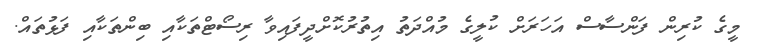
މީގެ ކުރިން ފަންސާސް އަހަރަށް ކުލީގެ މުއްދަތު އިތުރުކޮށްދީފައިވާ ރިސޯޓްތަކާއި ބިންތަކާއި ފަޅުތައް.